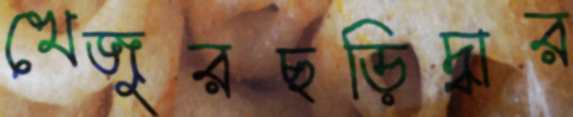
খেজুরছড়িদ্বার